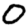
Digit: 0